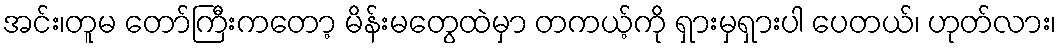
အင်း၊တူမ တော်ကြီးကတော့ မိန်းမတွေထဲမှာ တကယ့်ကို ရှားမှရှားပါ ပေတယ်၊ ဟုတ်လား၊